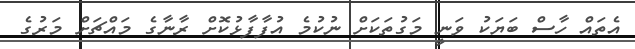
އެތައް ހާސް ބަޔަކު ވަނީ މަގުތަކަށް ނުކުމެ އުފާފާޅުކޮށް ރާނާގެ މައްޗަށް މަރުގެ